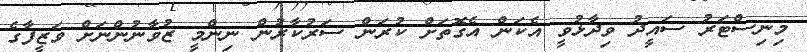
މިނިސްޓަރު ސައީދު ވިދާޅުވީ އެކަން އެގޮތަށް ކުރަން ސަރުކާރުން ނިންމީ ޒުވާނުންނަށް ވަޒީފާގެ